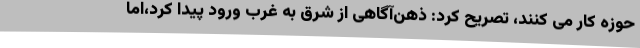
حوزه کار می کنند، تصریح کرد: ذهن‌آگاهی از شرق به غرب ورود پیدا کرد،اما